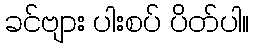
ခင်ဗျား ပါးစပ် ပိတ်ပါ။